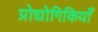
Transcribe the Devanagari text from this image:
प्रोद्योगिकियाँ